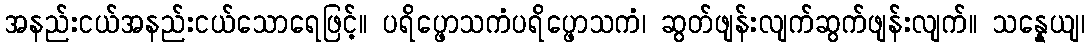
အနည်းငယ်အနည်းငယ်သောရေဖြင့်။ ပရိပ္ဖောသကံပရိပ္ဖောသကံ၊ ဆွတ်ဖျန်းလျက်ဆွက်ဖျန်းလျက်။ သန္နေယျ၊